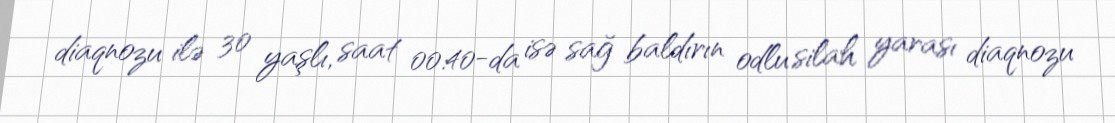
diaqnozu ilə 30 yaşlı, saat 00:40-da isə sağ baldırın odlu silah yarası diaqnozu